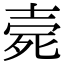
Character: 𣨑